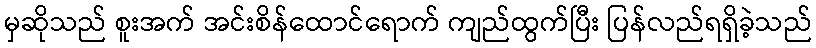
မှဆိုသည် စူးအက် အင်းစိန်ထောင်ရောက် ကျည်ထွက်ပြီး ပြန်လည်ရရှိခဲ့သည်